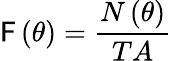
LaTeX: \mathsf{F}\left(\theta\right)=\frac{{N\left(\theta\right)}}{{TA}}